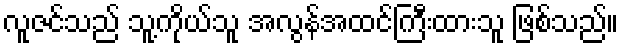
လူဇင်သည် သူ့ကိုယ်သူ အလွန်အထင်ကြီးထားသူ ဖြစ်သည်။